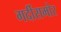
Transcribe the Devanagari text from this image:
गर्दीसमोर